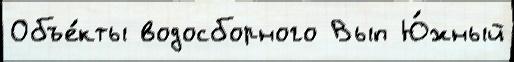
Объе́кты водосборного Вып Ю́жный